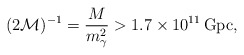
\begin{align*}(2\mathcal{M})^{-1}=\frac{M}{m_\gamma^2}>1.7\times 10^{11}\,\mathrm{Gpc},\end{align*}